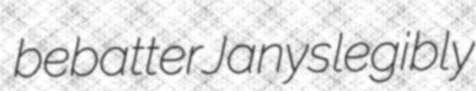
bebatter Janys legibly